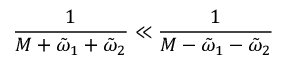
\frac { 1 } { M + \tilde { \omega } _ { 1 } + \tilde { \omega } _ { 2 } } \ll \frac { 1 } { M - \tilde { \omega } _ { 1 } - \tilde { \omega } _ { 2 } }